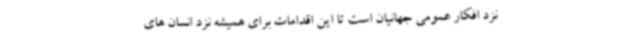
نزد افکار عمومی جهانیان است تا این اقدامات برای همیشه نزد انسان های